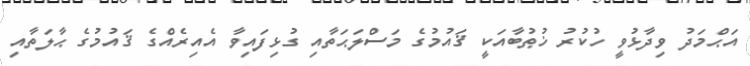
އަޙްމަދު ވިދާޅުވީ ހުކުރު ޚުޠުބާއަކީ ޤައުމުގެ މަސްލަޙަތާއި ގުޅިފައިވާ އެއިރެއްގެ ޤައުމުގެ ޙާލަތާއި